Report of the Indian Hemp Drugs Commission, 1894-1895 - Volume I
Year: 1894
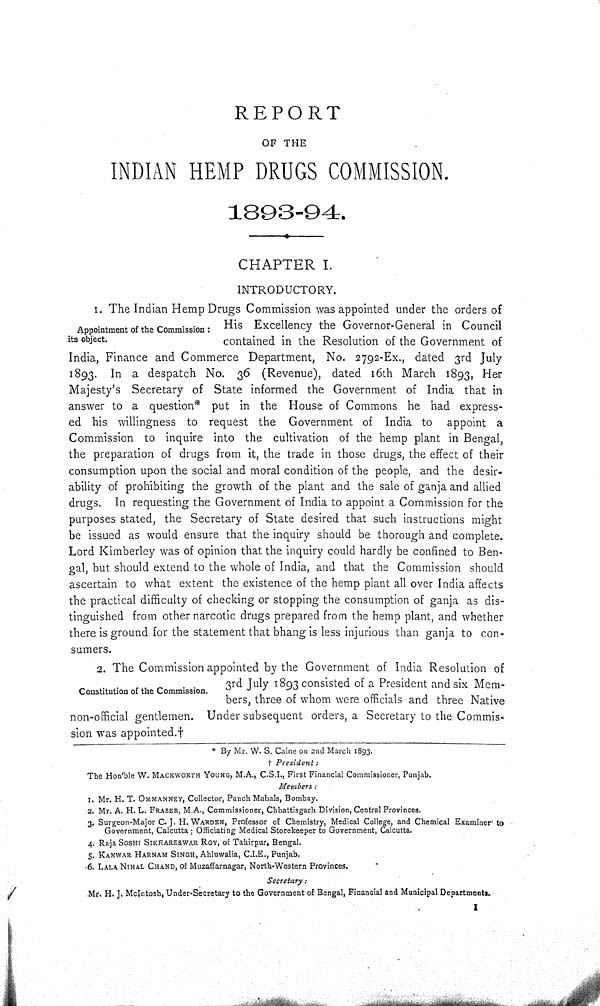
REPORT
OF THE
INDIAN HEMP DRUGS COMMISSION.
1893-94.
CHAPTER I.
INTRODUCTORY.
Appointment of the Commission:
its object.
1. The Indian Hemp Drugs Commission was appointed under the orders of
His Excellency the Governor-General in Council
contained in the Resolution of the Government of
India, Finance and Commerce Department, No. 2792-Ex., dated 3rd July
1893. In a despatch No. 36 (Revenue), dated 16th March 1893, Her
Majesty's Secretary of State informed the Government of India that in
answer to a question* put in the House of Commons he had express-
ed his willingness to request the Government of India to appoint a
Commission to inquire into the cultivation of the hemp plant in Bengal,
the preparation of drugs from it, the trade in those drugs, the effect of their
consumption upon the social and moral condition of the people, and the desir-
ability of prohibiting the growth of the plant and the sale of ganja and allied
drugs. In requesting the Government of India to appoint a Commission for the
purposes stated, the Secretary of State desired that such instructions might
be issued as would ensure that the inquiry should be thorough and complete.
Lord Kimberley was of opinion that the inquiry could hardly be confined to Ben-
gal, but should extend to the whole of India, and that the Commission should
ascertain to what extent the existence of the hemp plant all over India affects
the practical difficulty of checking or stopping the consumption of ganja as dis-
tinguished from other narcotic drugs prepared from the hemp plant, and whether
there is ground for the statement that bhang is less injurious than ganja to con-
sumers.
Constitution of the Commission.
2. The Commission appointed by the Government of India Resolution of
3rd July 1893 consisted of a President and six Mem-
bers, three of whom were officials and three Native
non-official gentlemen. Under subsequent orders, a Secretary to the Commis-
sion was appointed.†
* By Mr. W. S. Caine on 2nd March 1893.
President:
The Hon'ble W. MACKWORTH YOUNG, M.A., C.S.I., First Financial Commissioner, Punjab.
Members:
1. Mr. H. T. OMMANNEY, Collector, Panch Mahals, Bombay.
2. Mr. A. H. L. FRASER, M.A., Commissioner, Chhattisgarh Division, Central Provinces.
3. Surgeon-Major C. J. H. WARDEN, Professor of Chemistry, Medical College, and Chemical Examiner to
Government, Calcutta; Officiating Medical Storekeeper to Government, Calcutta.
4. Raja SOSHI SIKHARESWAR ROY, of Tahirpur, Bengal.
5. KANWAR HARNAM SINGH, Ahluwalia, C.I.E., Punjab.
6. LALA NIHAL CHAND, of Muzaffarnagar, North-Western Provinces.
Secretary:
Mr. H. J. McIntosh, Under-Secretary to the Government of Bengal, Financial and Municipal Departments.
I